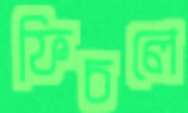
ফিচলে